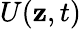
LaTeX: U(\mathbf{z},t)